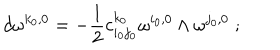
LaTeX: d \omega ^ { k _ { 0 } , 0 } = - \frac { 1 } { 2 } c _ { i _ { 0 } j _ { 0 } } ^ { k _ { 0 } } \omega ^ { i _ { 0 } , 0 } \wedge \omega ^ { j _ { 0 } , 0 } \; ;